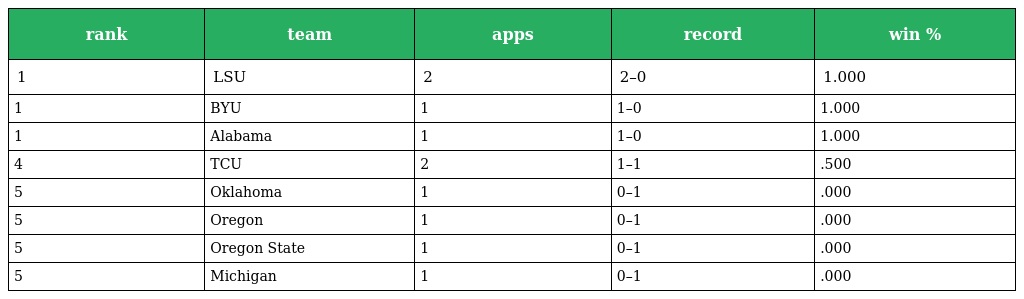
| rank | team | apps | record | win % |
 | --- | --- | --- | --- | --- |
 | 1 | LSU | 2 | 2–0 | 1.000 |
 | 1 | BYU | 1 | 1–0 | 1.000 |
 | 1 | Alabama | 1 | 1–0 | 1.000 |
 | 4 | TCU | 2 | 1–1 | .500 |
 | 5 | Oklahoma | 1 | 0–1 | .000 |
 | 5 | Oregon | 1 | 0–1 | .000 |
 | 5 | Oregon State | 1 | 0–1 | .000 |
 | 5 | Michigan | 1 | 0–1 | .000 |